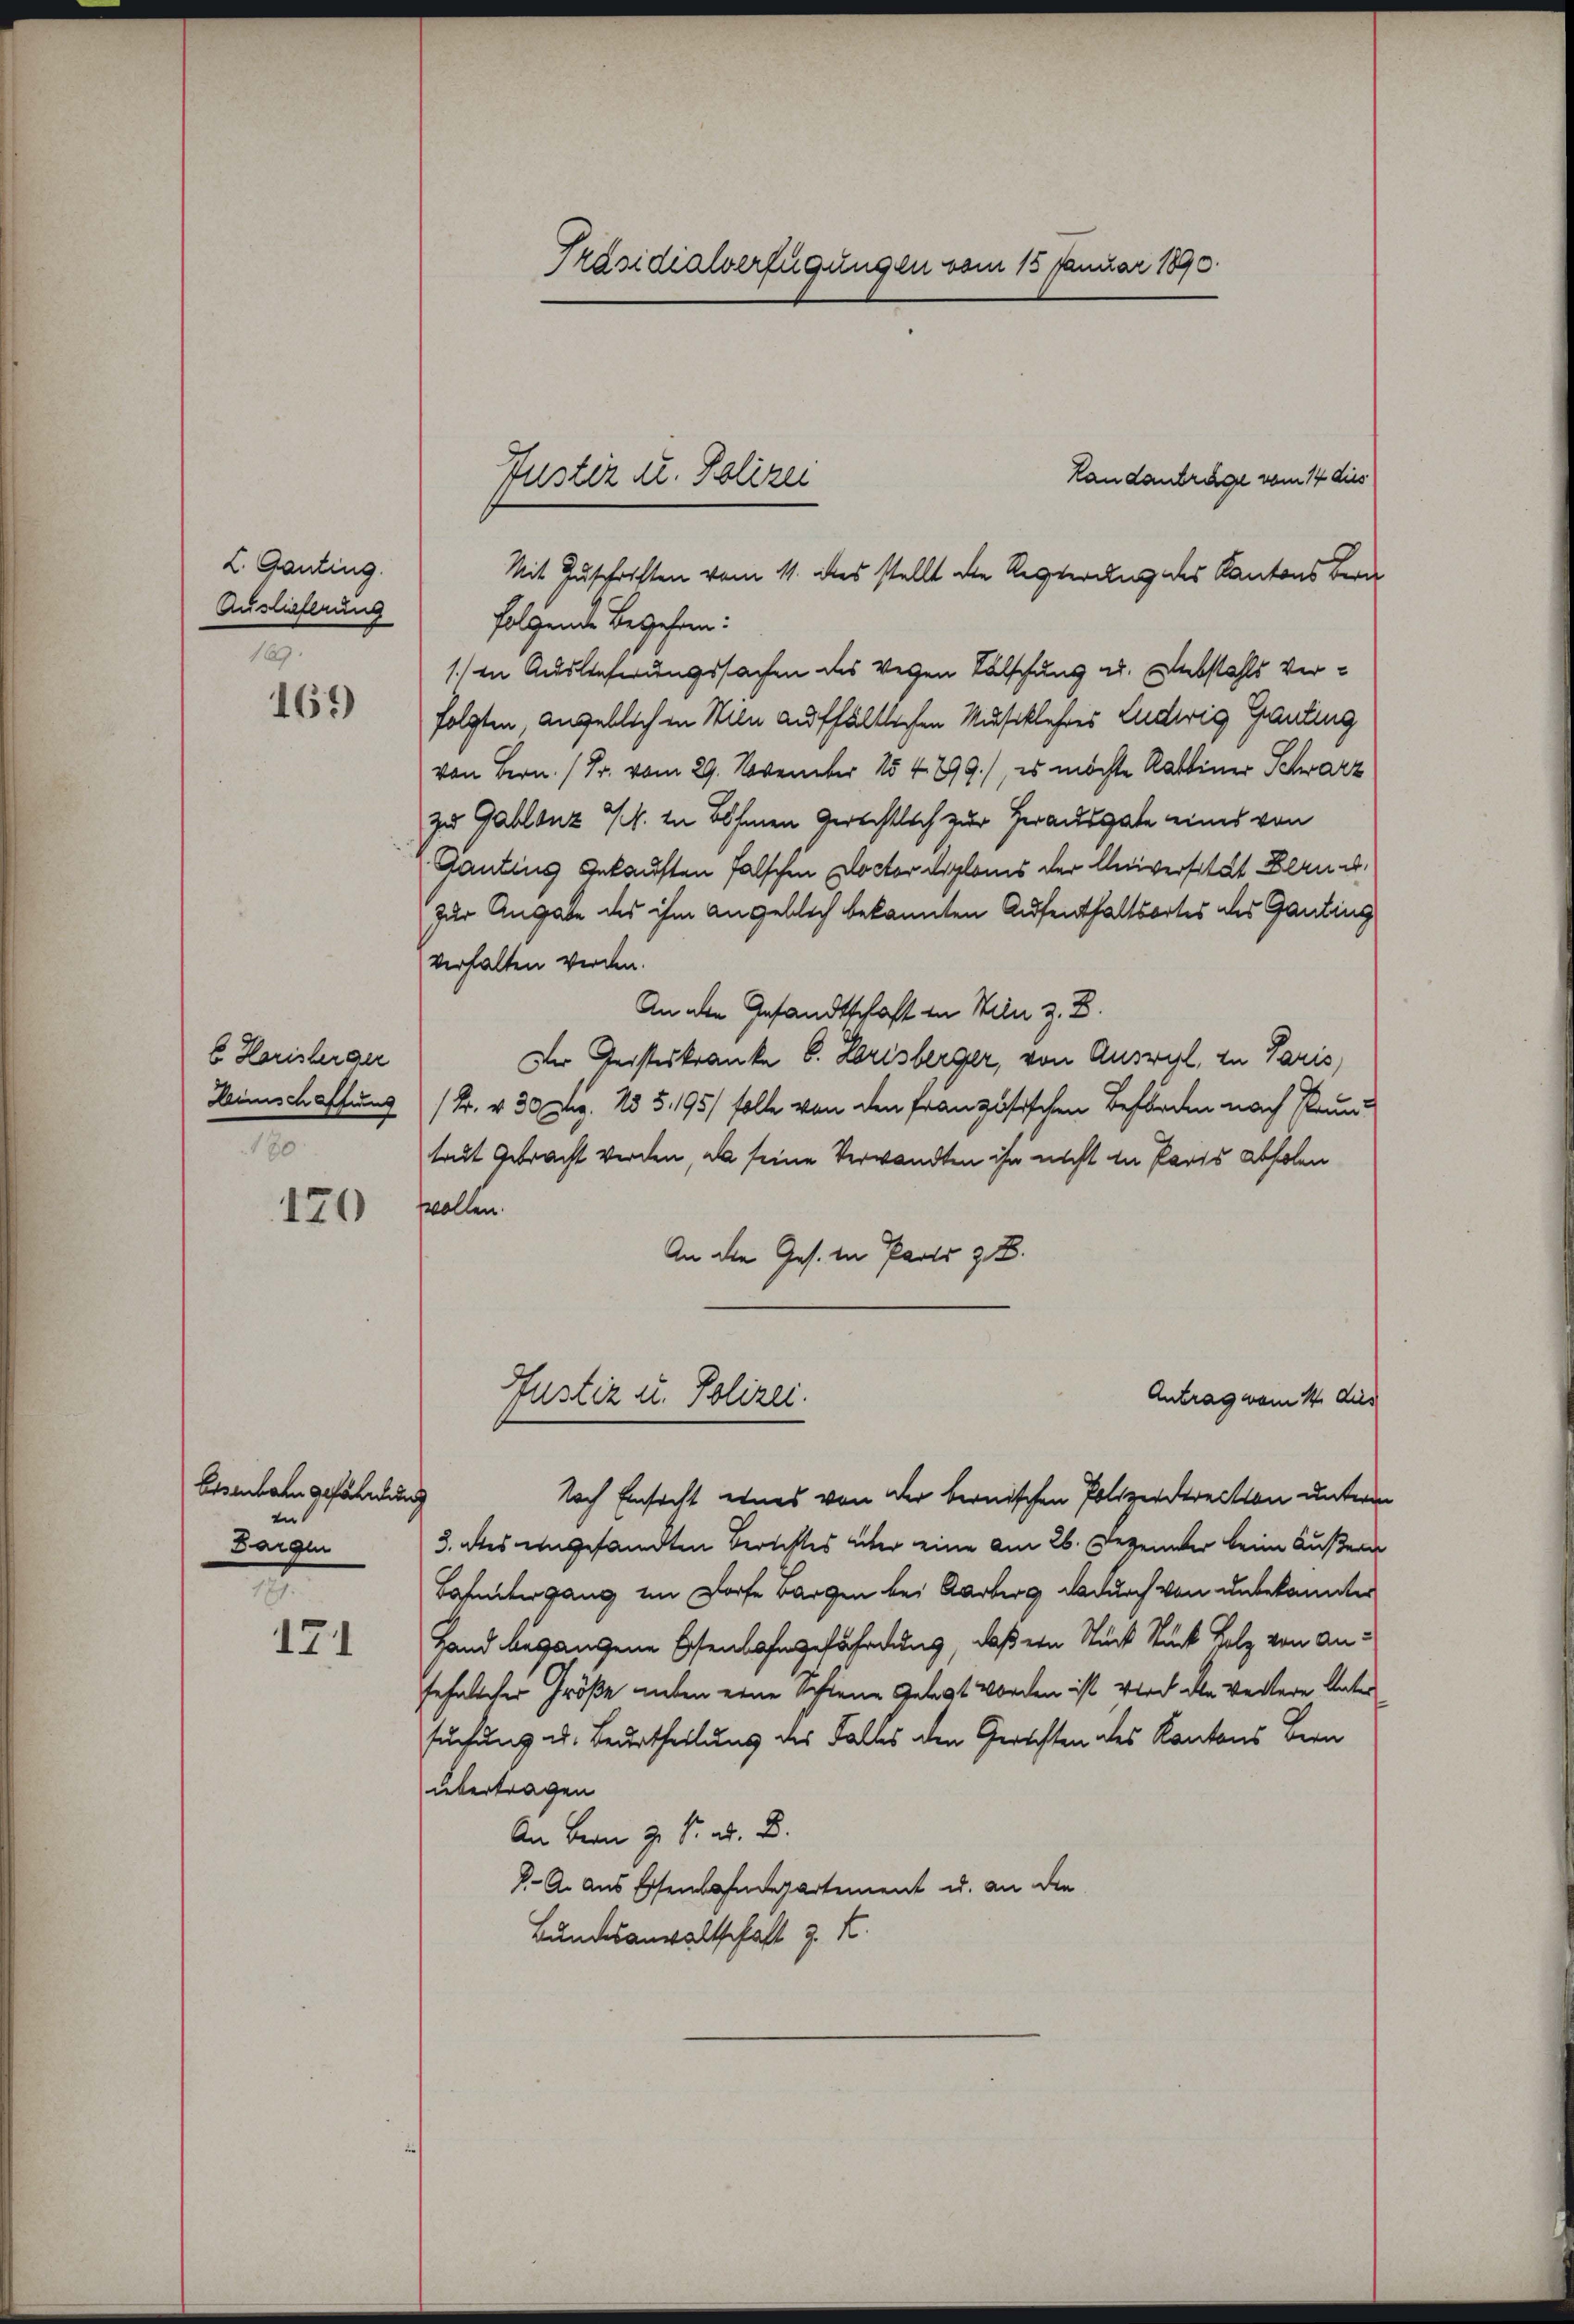
L. Ganting.
Auslieferung
169.

169)

b Horisterger
Heimschaffung
180

120

Eisenbahn gefährdung
zn
Bargen
e

171

Präsidialverfügungen vom 15. Januar 1890.

Landanträge vom 14 dies
Mit Zuschriften vom 11. des stellt die Regierung des Kantons Bern
folgende Begehren:
1. in Auslieferungssachen des Veren Fälschung u. nebstahls verfolgten, angeblich in Wien aufhältlichen Musiklehres Ludwig Granting
von Bern. (Fr. vom 29. November 154999.), es möchte Rabbiner Schwarz
zu Gablenz Mk. in Böhmen Gerichtlich zur Herausgabe eines von
Gantins Gekauften falschen Doctor Diploms der Universität Berne
zur Angabe des ihm angeblich bekannten Aufenthaltsortes des Ganting
verhalten werden.
An den Gesandtschaft in Wien z. B.
Der Geisteskranke 6. Lorisberger, von Ausril, zu Paris,
1 Fr. v. 30 Aug. 13 § 195/ solle von den französischen Beförden nach Raum
trut Gebracht werden, da seine Verwandten ihn nicht in Paris Abholen
wollen.
An die Ges. in Parts z. B.
Justiz u. Polizei.
Antrag vom 14. dies
Nach Einsicht eines von der bernischen Polizeidirection unterm
3. des eingesandten Berichtes über eine am 26. Dezember beim Äußern
Lahntergang im Dorfe Bargen bei Karberg dadurch von unbekannter
Hand begangene Eisenbahngefährdung, daß ein Stück Stück Holz von Ansehnlicher Größe Lieben eine Schiene Gelegt worden ist wird den Wertere Unter
suchung u. Beurtheilung des Falles den Gerichten des Kantons Bern
übertragen
An Bern z. Kr. a. D.
J. A. aus Essenbahndepartement u. an die
Bundesanwaltschaft z. K.

Justiz u. Polizei